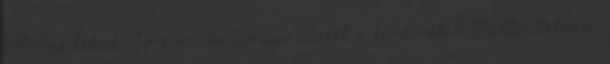
értelme tehát előre szabályozni ezeket a kérdéseket. Tüttő István: